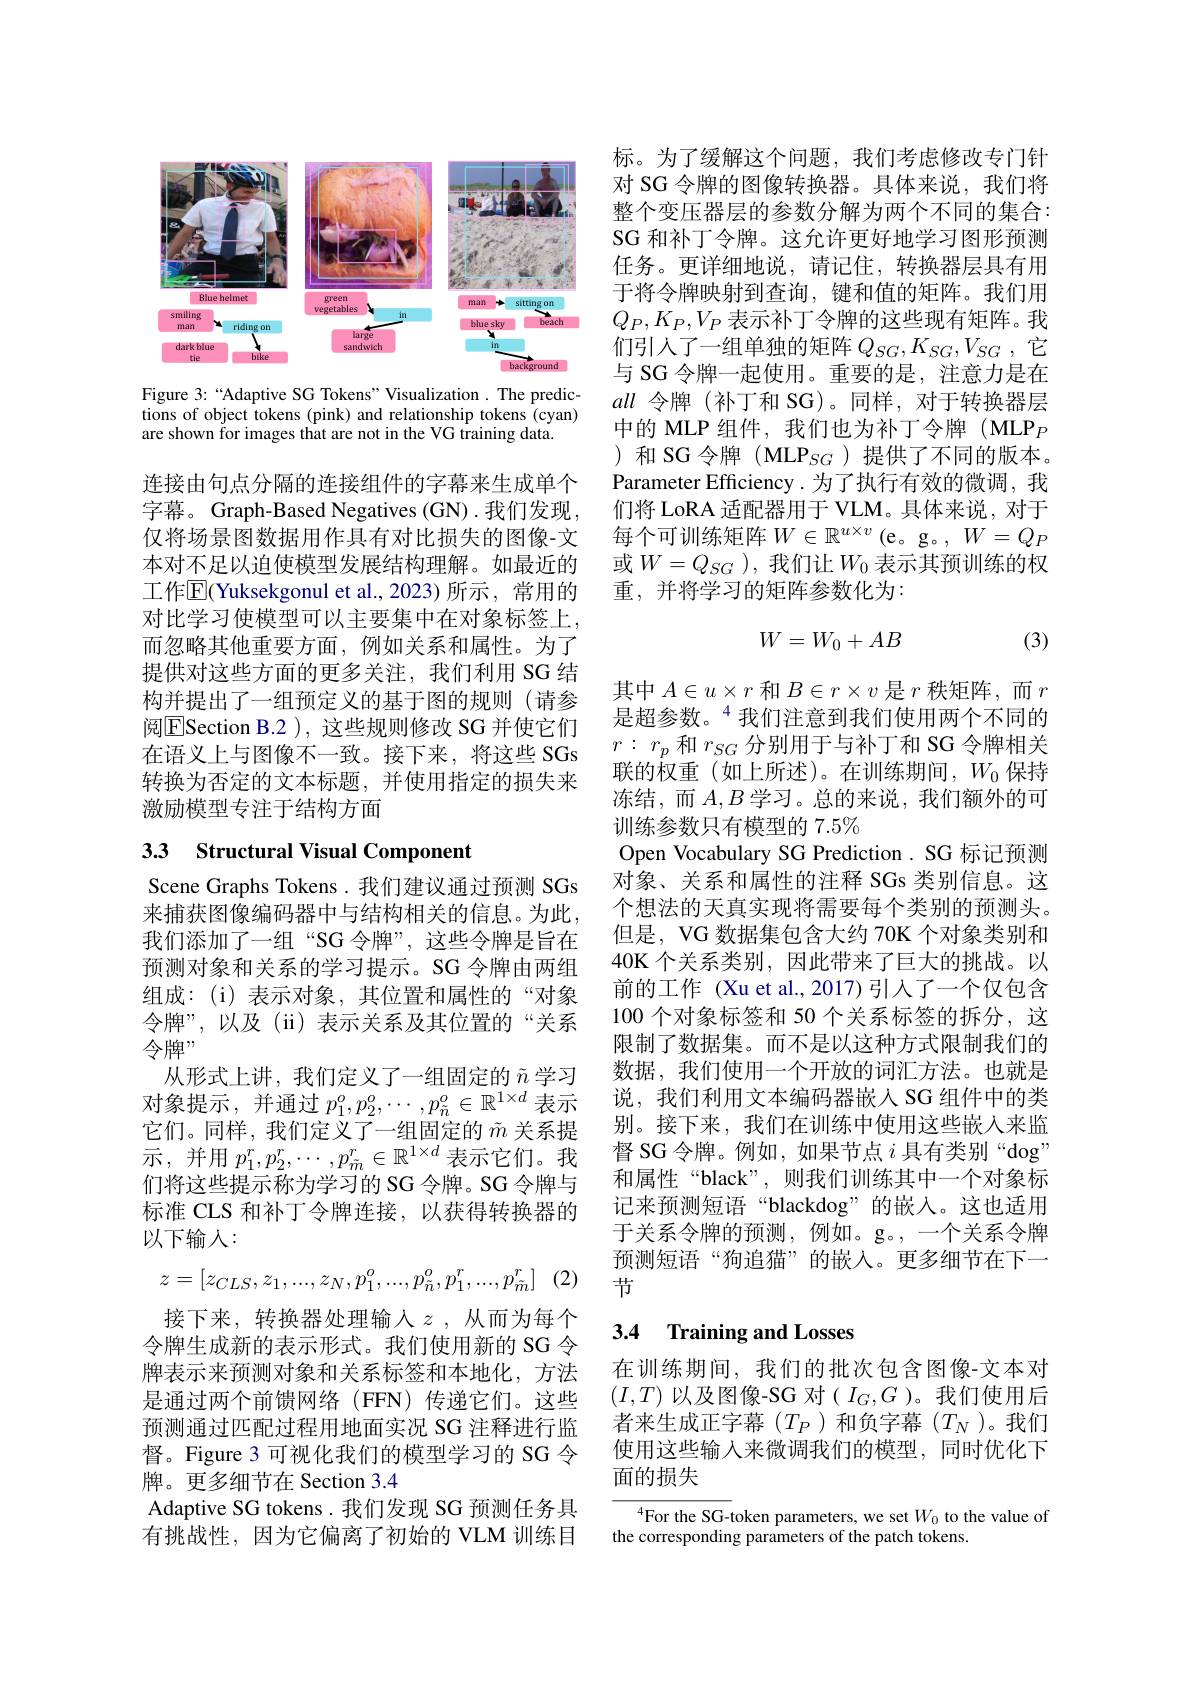
<FigureHere>

Figure 3:“Adaptive SG Tokens”Visualization. The predictions of object tokens (pink) and relationship tokens (cyan) are shown for images that are not in the VG training data.

连接由句点分隔的连接组件的字幕来生成单个字幕。Graph-Based Negatives (GN) .我们发现， 仅将场景图数据用作具有对比损失的图像-文本对不足以迫使模型发展结构理解。如最近的工作$\overline{\mathrm{E}}($Yuksekgonul et al.,2023)所示，常用的对比学习使模型可以主要集中在对象标签上， 而忽略其他重要方面，例如关系和属性。为了提供对这些方面的更多关注，我们利用 SG 结构并提出了一组预定义的基于图的规则(请参阅$\boxed{\mathrm{E}}$Section B.2 ), 这些规则修改 SG 并使它们在语义上与图像不一致。接下来，将这些 SGs 转换为否定的文本标题，并使用指定的损失来激励模型专注于结构方面

# 33 Structural Visual Component

Scene Graphs Tokens. 我们建议通过预测 SGs 来捕获图像编码器中与结构相关的信息。为此， 我们添加了一组“SG 令牌”,这些令牌是旨在预测对象和关系的学习提示。SG 令牌由两组组成：(i)表示对象，其位置和属性的“对象令牌”,以及(ii)表示关系及其位置的“关系令牌”
从形式上讲，我们定义了一组固定的$\tilde{n}$学习对象提示，并通过$p_1^o,p_2^o,\cdots,p_{\tilde{n}}^o\in\mathbb{R}^{1\times d}$表示它们。同样，我们定义了一组固定的$\tilde{m}$关系提示，并用$p_1^r,p_2^r,\cdots,p_{\tilde{m}}^r\in\mathbb{R}^{1\times d}$表示它们。我们将这些提示称为学习的 SG 令牌。SG 令牌与标准 CLS 和补丁令牌连接，以获得转换器的以下输入：
$$z=[z_{CLS},z_{1},...,z_{N},p_{1}^{o},...,p_{\tilde{n}}^{o},p_{1}^{r},...,p_{\tilde{m}}^{r}]$$
接下来，转换器处理输入$z$,从而为每个令牌生成新的表示形式。我们使用新的 SG 令牌表示来预测对象和关系标签和本地化，方法是通过两个前馈网络(FFN)传递它们。这些预测通过匹配过程用地面实况 SG 注释进行监督。Figure 3 可视化我们的模型学习的 SG 令牌。更多细节在 Section 3.4
Adaptive SG tokens. 我们发现 SG 预测任务具有挑战性，因为它偏离了初始的 VLM 训练目

标。为了缓解这个问题，我们考虑修改专门针对 SG 令牌的图像转换器。具体来说，我们将整个变压器层的参数分解为两个不同的集合： SG 和补丁令牌。这允许更好地学习图形预测任务。更详细地说，请记住，转换器层具有用于将令牌映射到查询，键和值的矩阵。我们用$Q_P,K_P,V_P$表示补丁令牌的这些现有矩阵。我们引入了一组单独的矩阵$Q_SG,K_{SG},V_{SG}$,它与 SG 令牌一起使用。重要的是，注意力是在all令牌 (补丁和 SG)。同样，对于转换器层中的 MLP 组件，我们也为补丁令牌 (MLP$_{P}$ )和 SG 令牌 (MLP$_SG$ )提供了不同的版本。Parameter Efficiency.为了执行有效的微调，我们将 LoRA 适配器用于 VLM。具体来说，对于每个可训练矩阵$W\in\mathbb{R}^u\times v$ (e。g。, $W=Q_P$ 或$W=Q_{SG}$ ), 我们让$W_0$表示其预训练的权重，并将学习的矩阵参数化为：
$$W=W_0+AB$$
(3)

其中$A\in u\times r$和$B\in r\times v$是$r$秩矩阵，而$r$ 是超参数。$^{4}$我们注意到我们使用两个不同的$r:~r_{p}$和$r_SG$分别用于与补丁和 SG 令牌相关联的权重(如上所述)。在训练期间，$W_0$保持冻结，而$A,B$学习。总的来说，我们额外的可训练参数只有模型的$7.5\%$
Open Vocabulary SG Prediction. SG 标记预测对象、关系和属性的注释 SGs 类别信息。这个想法的天真实现将需要每个类别的预测头。但是，VG 数据集包含大约 70K 个对象类别和40K 个关系类别，因此带来了巨大的挑战。以前的工作 (Xu et al.,2017)引入了一个仅包含100 个对象标签和 50 个关系标签的拆分，这限制了数据集。而不是以这种方式限制我们的数据，我们使用一个开放的词汇方法。也就是说，我们利用文本编码器嵌入 SG 组件中的类别。接下来，我们在训练中使用这些嵌入来监督 SG 令牌。例如，如果节点$i$具有类别“dog” 和属性“black”,则我们训练其中一个对象标记来预测短语“blackdog”的嵌入。这也适用于关系令牌的预测，例如。g。,一个关系令牌预测短语“狗追猫”的嵌人。更多细节在下一节

## 3.4 Training and Losses

在训练期间，我们的批次包含图像-文本对$(I,T)$ 以及图像-SG 对$(I_G,G$ )。我们使用后者来生成正字幕($T_P$)和负字幕($T_N$)。我们使用这些输入来微调我们的模型，同时优化下面的损失

$^{4}$For the SG-token parameters, we set $W_0$ to the value of
the corresponding parameters of the patch tokens.